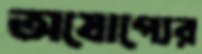
অযোগ্যের